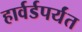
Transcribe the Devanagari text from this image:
हार्वर्डपर्यंत